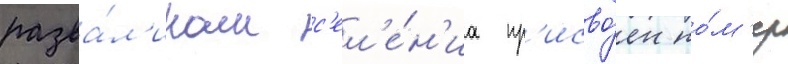
разва́л'инам с'ел'е́н'иа пр'исво́ен но́м'ер